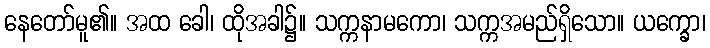
နေတော်မူ၏။ အထ ခေါ၊ ထိုအခါ၌။ သက္ကနာမကော၊ သက္ကအမည်ရှိသော။ ယက္ခော၊